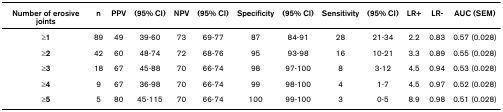
| Number of erosive joints | n | PPV | (95% CI) | NPV | (95% CI) | Specificity | (95% CI) | Sensitivity | (95% CI) | LR+ | LR- | AUC (SEM) |
 | --- | --- | --- | --- | --- | --- | --- | --- | --- | --- | --- | --- | --- |
 | ≥1 | 89 | 49 | 39-60 | 73 | 69-77 | 87 | 84-91 | 28 | 21-34 | 2.2 | 0.83 | 0.57 (0.028) |
 | ≥2 | 42 | 60 | 48-74 | 72 | 68-76 | 95 | 93-98 | 16 | 10-21 | 3.3 | 0.89 | 0.55 (0.028) |
 | ≥3 | 18 | 67 | 45-88 | 70 | 66-74 | 98 | 97-100 | 8 | 3-12 | 4.5 | 0.94 | 0.53 (0.028) |
 | ≥4 | 9 | 67 | 36-98 | 70 | 66-74 | 99 | 98-100 | 4 | 1-7 | 4.5 | 0.97 | 0.52 (0.028) |
 | ≥5 | 5 | 80 | 45-115 | 70 | 66-74 | 100 | 99-100 | 3 | 0-5 | 8.9 | 0.98 | 0.51 (0.028) |